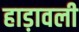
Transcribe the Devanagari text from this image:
हाड़ावली